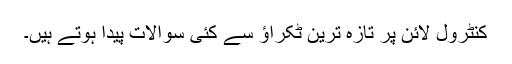
کنٹرول لائن پر تازہ ترین ٹکراؤ سے کئی سوالات پیدا ہوتے ہیں۔